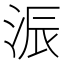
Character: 浱